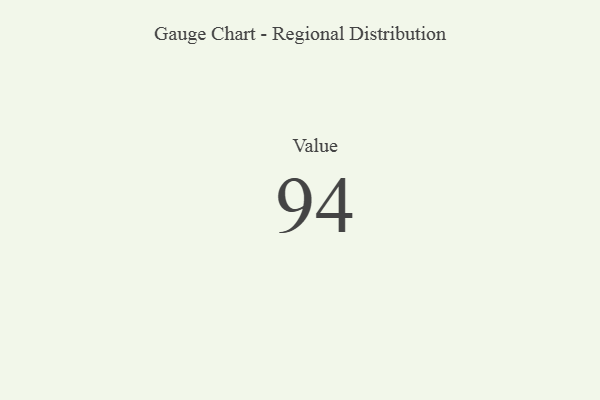
{"axis": {"x": "Metric", "y": "Value"}, "legend": [""], "data": [{"x": "Value", "y": 94, "type": ""}]}